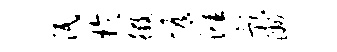
泯于徵恢涯影洲